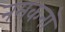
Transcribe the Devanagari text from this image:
नमकनॉ